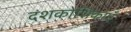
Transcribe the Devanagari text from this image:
दंशकोशिकाएँ